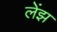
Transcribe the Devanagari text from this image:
लेंझ